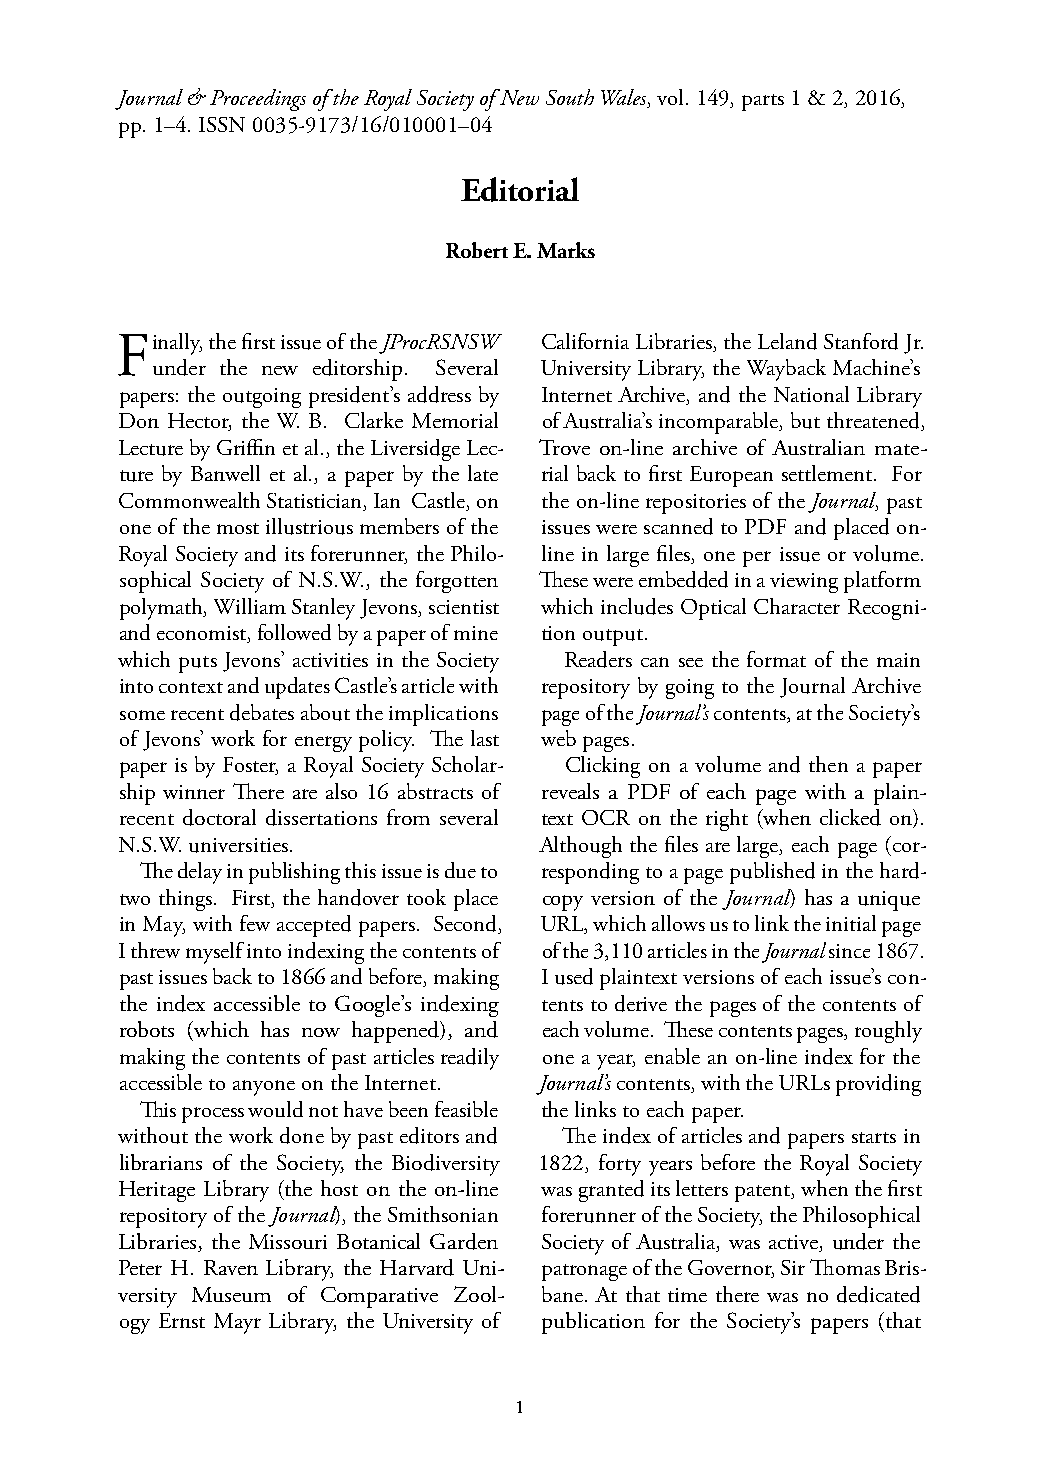
Journal & Proceedings of the Royal Society of New South Wales, vol. 149, parts 1 & 2, 2016,
 pp. 1–4. ISSN 0035-9173/16/010001–04
 Editorial
 Robert E. Marks
 Finally, the first issue of the JProcRSNSW California Libraries, the Leland Stanford Jr.
 under the new editorship. Several University Library, the Wayback Machine’s
 papers: the outgoing president’s address by Internet Archive, and the National Library
 Don Hector, the W. B. Clarke Memorial of Australia’s incomparable, but threatened,
 Lecture by Griffin et al., the Liversidge Lec- Trove on-line archive of Australian mate-
 ture by Banwell et al., a paper by the late rial back to first European settlement. For
 Commonwealth Statistician, Ian Castle, on the on-line repositories of the Journal, past
 one of the most illustrious members of the issues were scanned to PDF and placed on-
 Royal Society and its forerunner, the Philo- line in large files, one per issue or volume.
 sophical Society of N.S.W., the forgotten These were embedded in a viewing platform
 polymath, William Stanley Jevons, scientist which includes Optical Character Recogni-
 and economist, followed by a paper of mine tion output.
 which puts Jevons’ activities in the Society Readers can see the format of the main
 into context and updates Castle’s article with repository by going to the Journal Archive
 some recent debates about the implications page of the Journal’s contents, at the Society’s
 of Jevons’ work for energy policy. The last web pages.
 paper is by Foster, a Royal Society Scholar- Clicking on a volume and then a paper
 ship winner There are also 16 abstracts of reveals a PDF of each page with a plain-
 recent doctoral dissertations from several text OCR on the right (when clicked on).
 N.S.W. universities.        Although the files are large, each page (cor-
 The delay in publishing this issue is due to responding to a page published in the hard-
 two things. First, the handover took place copy version of the Journal) has a unique
 in May, with few accepted papers. Second, URL, which allows us to link the initial page
 I threw myself into indexing the contents of of the 3,110 articles in the Journal since 1867.
 past issues back to 1866 and before, making I used plaintext versions of each issue’s con-
 the index accessible to Google’s indexing tents to derive the pages of the contents of
 robots (which has now happened), and each volume. These contents pages, roughly
 making the contents of past articles readily one a year, enable an on-line index for the
 accessible to anyone on the Internet. Journal’s contents, with the URLs providing
 This process would not have been feasible the links to each paper.
 without the work done by past editors and The index of articles and papers starts in
 librarians of the Society, the Biodiversity 1822, forty years before the Royal Society
 Heritage Library (the host on the on-line was granted its letters patent, when the first
 repository of the Journal), the Smithsonian forerunner of the Society, the Philosophical
 Libraries, the Missouri Botanical Garden Society of Australia, was active, under the
 Peter H. Raven Library, the Harvard Uni- patronage of the Governor, Sir Thomas Bris-
 versity Museum of Comparative Zool- bane. At that time there was no dedicated
 ogy Ernst Mayr Library, the University of publication for the Society’s papers (that
 1